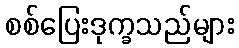
စစ်ပြေးဒုက္ခသည်များ